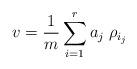
LaTeX: \begin{align*} v=\frac{1}{m}\sum_{i=1}^{r} a_j \; \rho_{i_j}\end{align*}